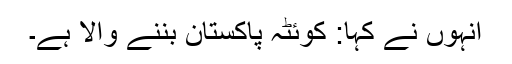
انہوں نے کہا: کوئٹہ پاکستان بننے والا ہے۔